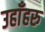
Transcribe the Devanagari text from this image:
उहाँहरु